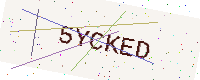
Text: 5YCKED